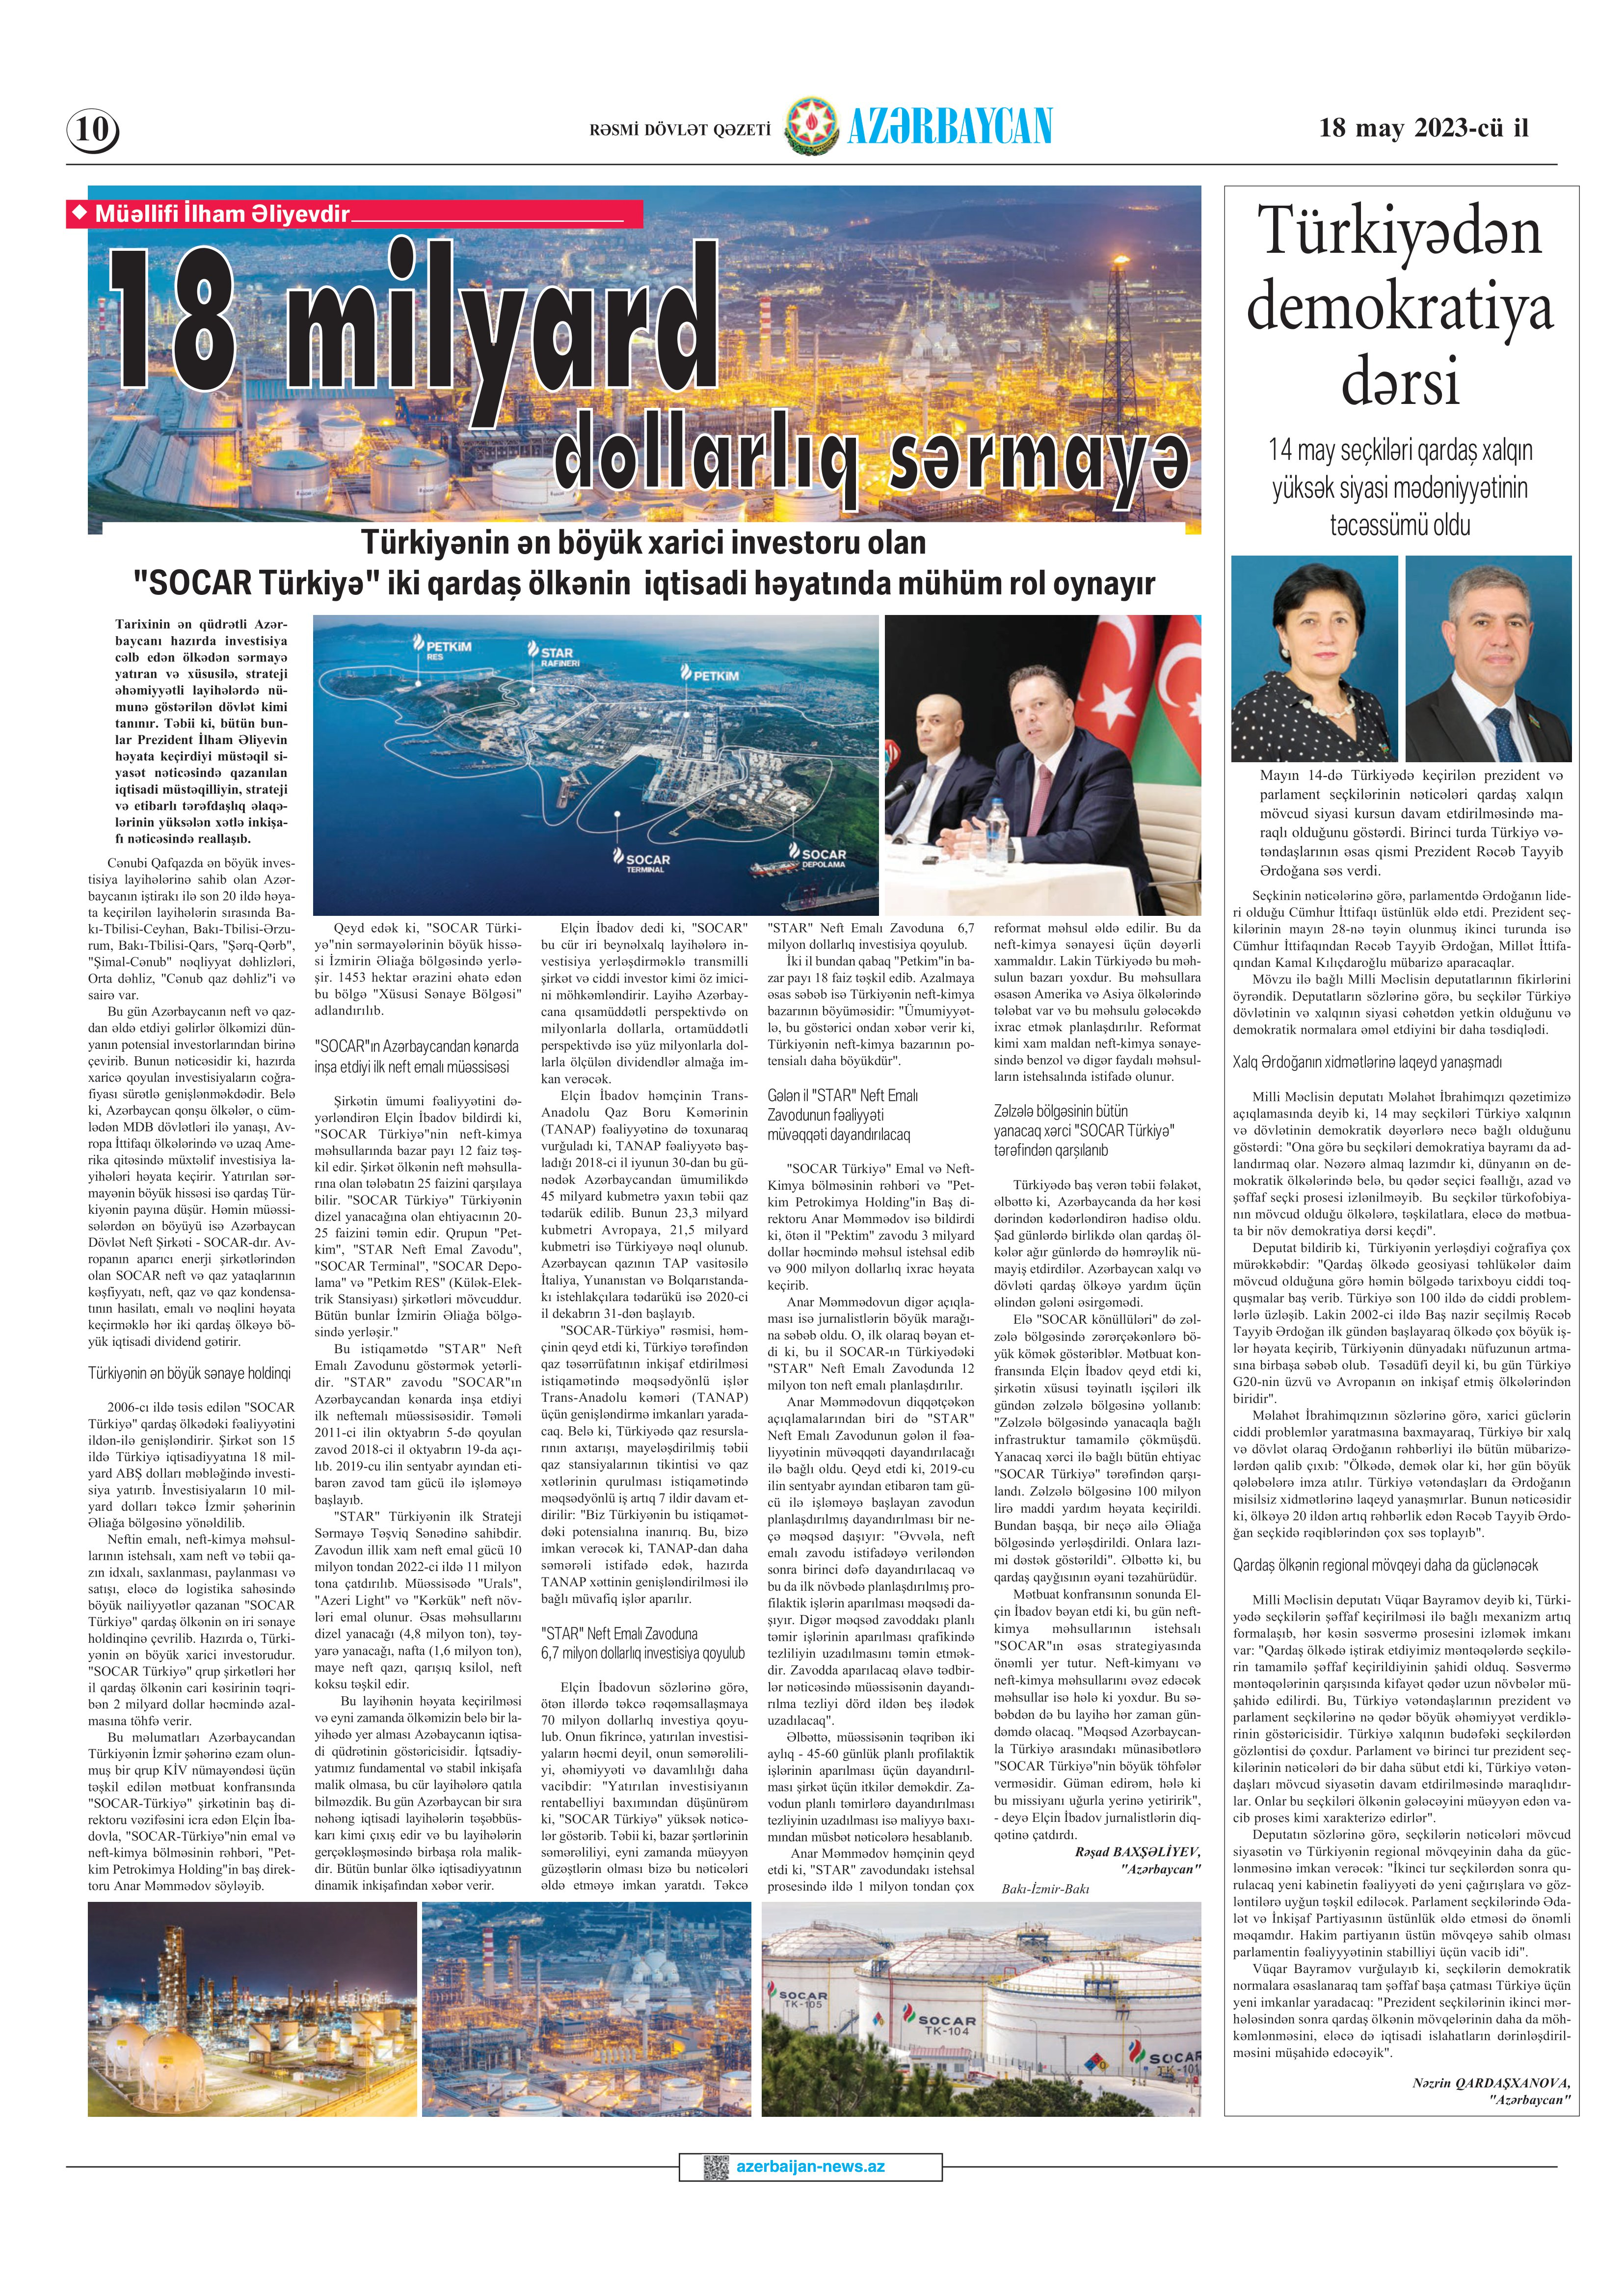
Language: az